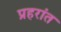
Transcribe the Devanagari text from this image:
प्रहरांत